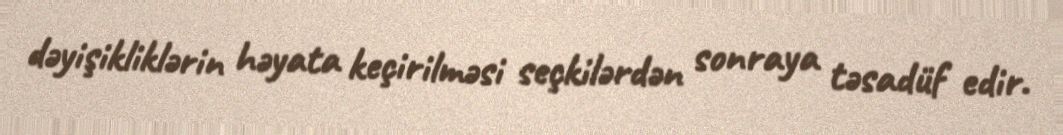
dəyişikliklərin həyata keçirilməsi seçkilərdən sonraya təsadüf edir.